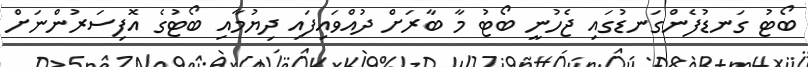
ބޯޓު ގަނޑުފެންގަނޑުގައި ޖެހުނީ ބޯޓު މާ ބާރަށް ދުއްވައިފައި ދިޔުމާއި ބޯޓުގެ އޮފިސަރުންނަށް